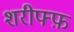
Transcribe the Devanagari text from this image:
शरीफ्फ़